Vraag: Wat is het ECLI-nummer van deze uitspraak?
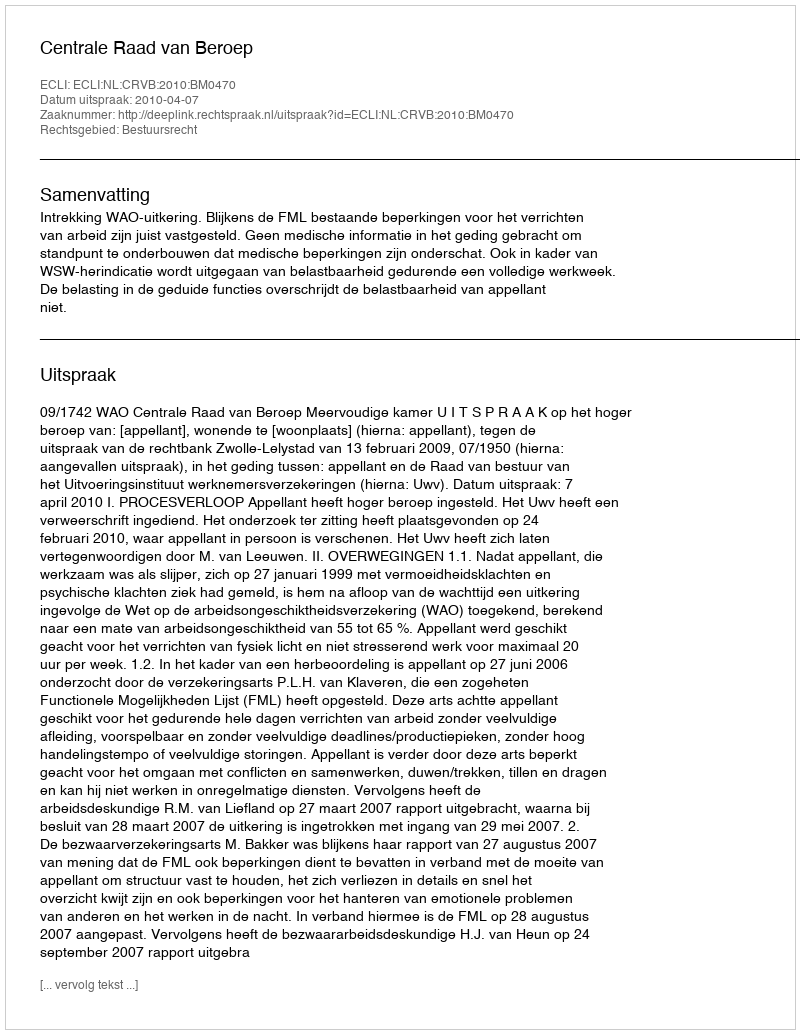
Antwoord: ECLI:NL:CRVB:2010:BM0470